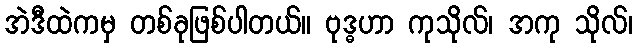
အဲဒီထဲကမှ တစ်ခုဖြစ်ပါတယ်။ ဗုဒ္ဓဟာ ကုသိုလ်၊ အကု သိုလ်၊